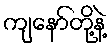
ကျနော်တို့နဲ့